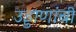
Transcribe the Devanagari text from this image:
उड्डाणांची